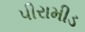
પીરામીડ